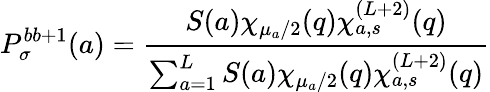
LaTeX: P_{\sigma}^{bb+1}(a)=\frac{S(a)\chi_{\mu_{a}/2}(q)\chi_{a,s}^{(L+2)}(q)}{\sum_{a=1}^{L}S(a)\chi_{\mu_{a}/2}(q)\chi_{a,s}^{(L+2)}(q)}